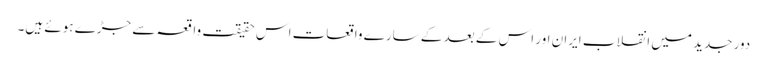
دور جدید میں انقلاب ایران اور اس کے بعد کے سارے واقعات اس حقیقت واقعہ سے جڑے ہوئے ہیں۔